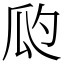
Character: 瓝